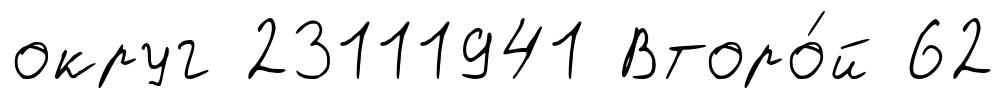
округ 23111941 Второ́й 62